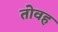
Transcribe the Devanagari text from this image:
तोवह